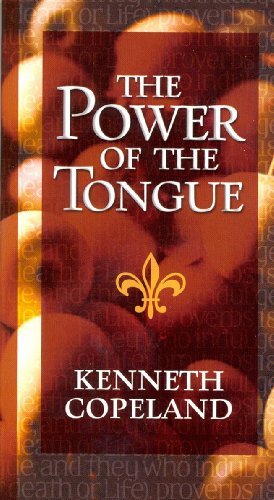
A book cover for The Power of the Tongue; Kenneth Copeland; Christian Books & Bibles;